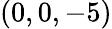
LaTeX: (0,0,-5)